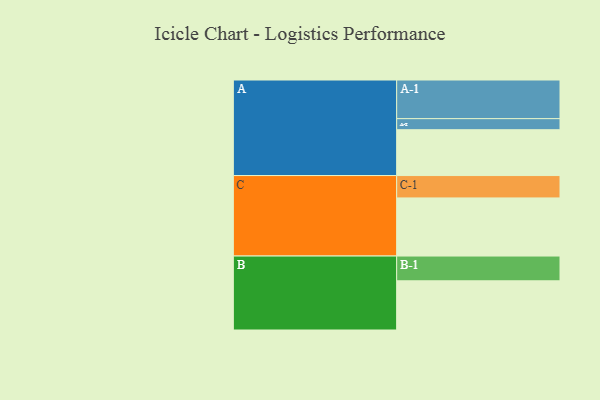
{"axis": {"x": "Segment", "y": "Value"}, "legend": ["", "A", "B", "C"], "data": [{"x": "A", "y": 344, "type": ""}, {"x": "B", "y": 369, "type": ""}, {"x": "C", "y": 436, "type": ""}, {"x": "A-1", "y": 290, "type": "A"}, {"x": "A-2", "y": 83, "type": "A"}, {"x": "B-1", "y": 186, "type": "B"}, {"x": "C-1", "y": 168, "type": "C"}]}